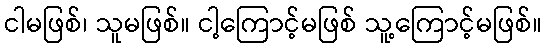
ငါမဖြစ်၊ သူမဖြစ်။ ငါ့ကြောင့်မဖြစ် သူ့ကြောင့်မဖြစ်။